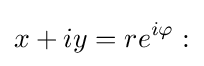
x+iy=re^{i\varphi }: